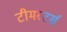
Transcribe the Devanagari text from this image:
टीमस्टर्स